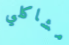
مشاكلي